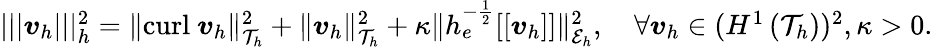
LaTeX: \begin{array}{r}{|||\boldsymbol{v}_{h}|||_{h}^{2}=\| \mathrm{curl}~\boldsymbol{v}_{h}\| _{\mathcal{T}_{h}}^{2}+\| \boldsymbol{v}_{h}\| _{\mathcal{T}_{h}}^{2}+\kappa\| h_{e}^{-\frac{1}{2}}[[\boldsymbol{v}_{h}]]\| _{\mathcal{E}_{h}}^{2},\quad\forall\boldsymbol{v}_{h}\in(H^{1}\left(\mathcal{T}_{h}\right))^{2},\kappa>0.}\end{array}